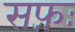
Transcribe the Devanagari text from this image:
सफ़ः